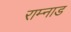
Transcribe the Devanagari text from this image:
राम्नाड